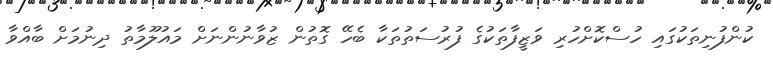
ކުންފުނިތަކުގައި ހުސްކޮށްހުރި ވަޒީފާތަކުގެ ފުރުސަތުތަކާ ބެހޭ ގޮތުން ޒުވާނުންނަށް މައުލޫމާތު ދިނުމަށް ބާއްވާ